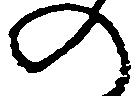
の